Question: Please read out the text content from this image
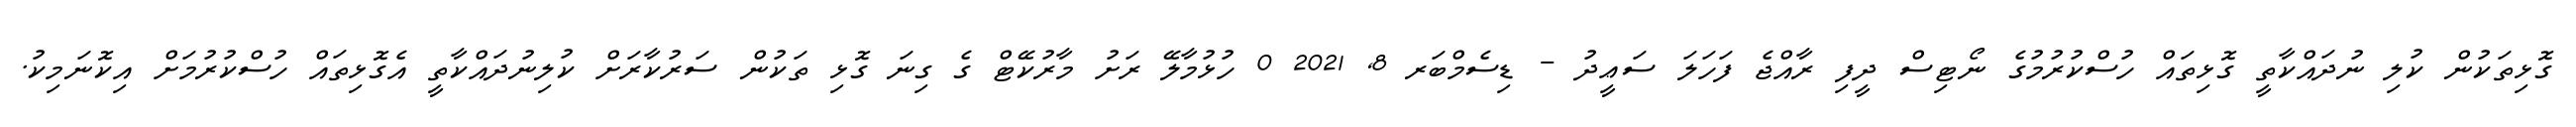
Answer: ގޮޅިތަކުން ކުލި ނުދައްކާތީ ގޮޅިތައް ހުސްކުރުމުގެ ނޯޓިސް ދީފި ރާއްޖެ ފަހަލަ ސަޢީދު - ޑިސެމްބަރ 8, 2021 0 ހުޅުމާލޭ ރަށު މާރުކޭޓް ގެ ގިނަ ގޮޅި ތަކުން ސަރުކާރަށް ކުލިނުދައްކާތީ އެގޮޅިތައް ހުސްކުރުމަށް އިކޮނަމިކު.